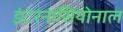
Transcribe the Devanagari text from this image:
इंटरनासियोनाल